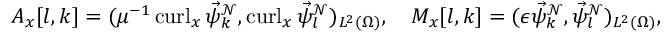
A _ { x } [ l , k ] = ( \mu ^ { - 1 } \operatorname { c u r l } _ { x } \vec { \psi } _ { k } ^ { \mathcal { N } } , \operatorname { c u r l } _ { x } \vec { \psi } _ { l } ^ { \mathcal { N } } ) _ { L ^ { 2 } ( \Omega ) } , \quad M _ { x } [ l , k ] = ( \epsilon \vec { \psi } _ { k } ^ { \mathcal { N } } , \vec { \psi } _ { l } ^ { \mathcal { N } } ) _ { L ^ { 2 } ( \Omega ) } ,